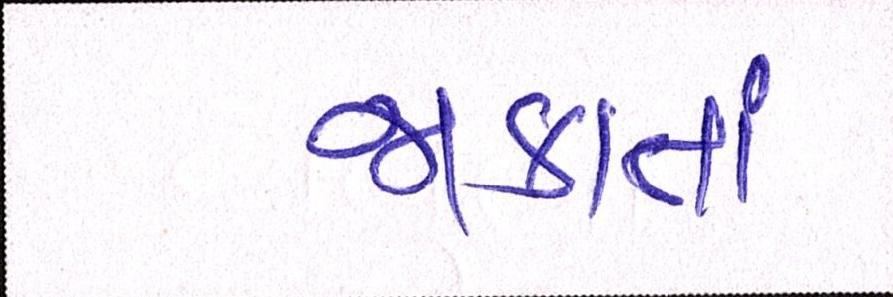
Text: જાકાર્તા